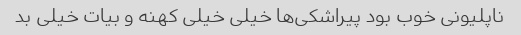
ناپلیونی خوب بود پیراشکی‌ها خیلی خیلی کهنه و بیات خیلی بد